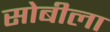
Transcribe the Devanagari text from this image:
सोबीला